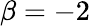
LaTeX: \beta=-2